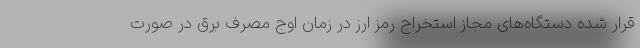
قرار شده دستگاه‌های مجاز استخراج رمز ارز در زمان اوج مصرف برق در صورت